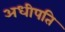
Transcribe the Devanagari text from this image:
अधीपति